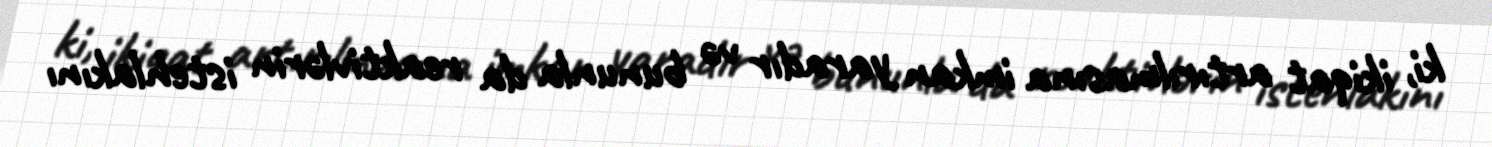
ki, ikiqat artırılmasına imkan yaradır və bununla da reaktivlərin istehlakını